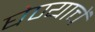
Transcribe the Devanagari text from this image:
घेण्याचें